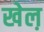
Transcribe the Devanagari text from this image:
खेल़